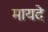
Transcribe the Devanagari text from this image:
मायदे